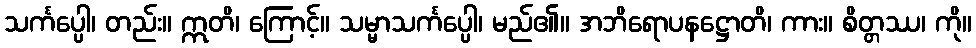
သင်္ကပ္ပေါ၊ တည်း။ ဣတိ၊ ကြောင့်။ သမ္မာသင်္ကပ္ပေါ၊ မည်၏။ အဘိရောပနဋ္ဌောတိ၊ ကား။ စိတ္တဿ၊ ကို။